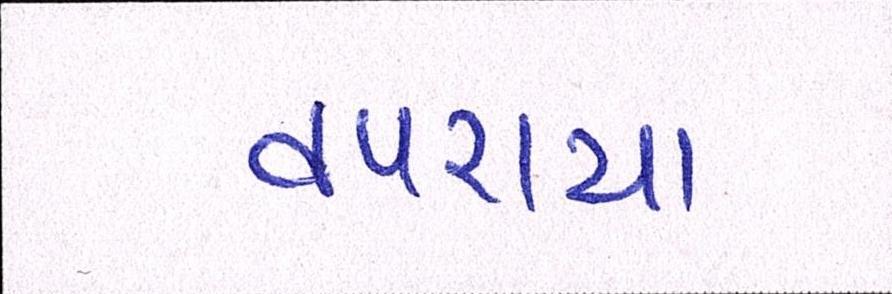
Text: વપરાયા